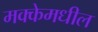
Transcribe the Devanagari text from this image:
मक्केमधील